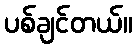
ပစ်ချင်တယ်။